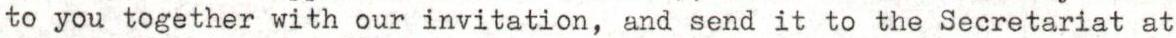
to you together with our invitation, and send it to the Secretariat at